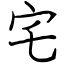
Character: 宅